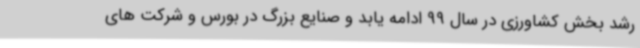
رشد بخش کشاورزی در سال 99 ادامه یابد و صنایع بزرگ در بورس و شرکت های